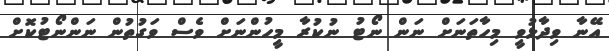
އޭނާ ވިދާޅުވީ މިހާތަނަށް ނަން ނޯޓު ނުކުރާ މީހުންނަށް ވެސް ވަގުތުން ނަންނޯޓުކޮށް